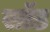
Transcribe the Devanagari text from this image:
सॉड